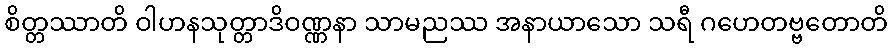
စိတ္တဿာတိ ဝါဟနသုတ္တာဒိဝဏ္ဏနာ သာမညဿ အနာယာသော သရီ ဂဟေတဗ္ဗတောတိ